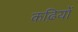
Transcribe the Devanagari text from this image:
कढ़ियों